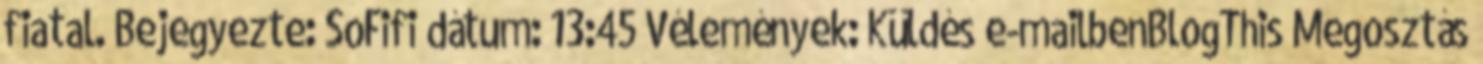
fiatal. Bejegyezte: SoFifi dátum: 13:45 Vélemények: Küldés e-mailbenBlogThis Megosztás